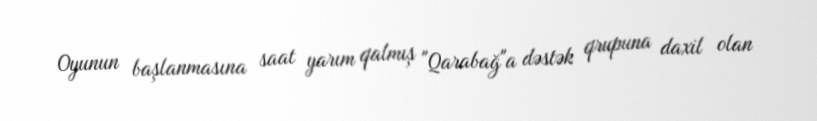
Oyunun başlanmasına saat yarım qalmış "Qarabağ"a dəstək qrupuna daxil olan